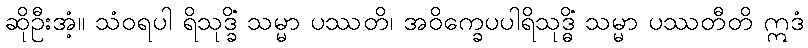
ဆိုဦးအံ့။ သံဝရပါ ရိသုဒ္ခိံ သမ္မာ ပဿတိ၊ အဝိက္ခေပပါရိသုဒ္ဓိံ သမ္မာ ပဿတီတိ ဣဒံ